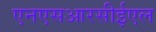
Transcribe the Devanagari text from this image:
एनएसआरसीईएल